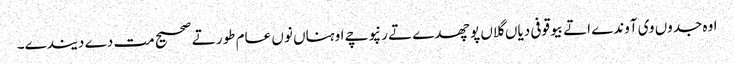
اوہ جدوں وی آوندے اتے بیوقوفی دیاں گلاں پوچھدے تے رنپوچے اوہناں نوں عام طور تے صحیح مت دے دیندے۔